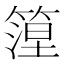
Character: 篞